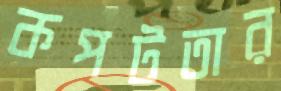
কপটতার